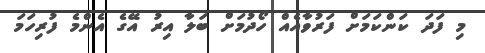
މި ފަދަ ކަންކަމަށް ފަރުވާއެއް ހޯދުމަށް ބަލާ އިރު އޭގެ އެންމެ ފުރިހަމަ